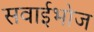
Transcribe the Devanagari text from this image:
सवाईभोज